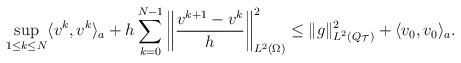
LaTeX: \begin{align*} \sup_{1\leq k\leq N}\langle v^k, v^k\rangle_a+h\sum_{k=0}^{N-1}\left\|\frac{v^{k+1}-v^k}{h} \right\|_{L^2(\Omega)}^2 \leq \|g\|_{L^2(Q_{\mathcal T})}^2+\langle v_0, v_0\rangle_a.\end{align*}